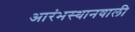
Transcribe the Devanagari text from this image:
आरंभस्थानवाली